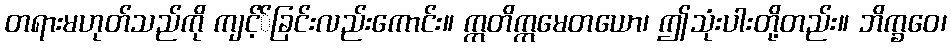
တရားမဟုတ်သည်ကို ကျင့််ခြင်းလည်းကောင်း။ ဣတိဣမေတယော၊ ဤသုံးပါးတို့တည်း။ ဘိက္ခဝေ၊